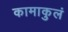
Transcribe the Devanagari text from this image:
कामाकुलं